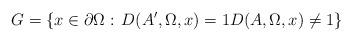
LaTeX: \begin{align*}G=\left\{x\in\partial\Omega:\, D(A',\Omega,x)= 1 D(A,\Omega,x) \ne 1 \right\} \end{align*}